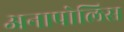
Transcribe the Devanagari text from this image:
अनापोलिस